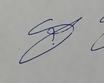
Signature authenticity: genuine